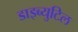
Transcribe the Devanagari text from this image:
डाइब्युटिल